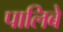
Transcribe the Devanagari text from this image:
पालिबे